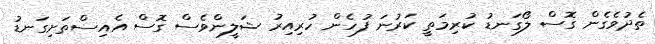
ތެދުވެގެން ގޮސް ލޯގަނޑު ކުރިމަތީ ކަރުނަ ފުހެން ހުރިއިރު ޝަލީންވެސް ގޮސް އެއިސްތަށިގަނޑު